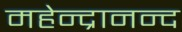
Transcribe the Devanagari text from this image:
महेन्द्रानन्द